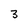
Character: 3